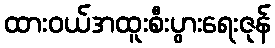
ထားဝယ်အထူးစီးပွားရေးဇုန်